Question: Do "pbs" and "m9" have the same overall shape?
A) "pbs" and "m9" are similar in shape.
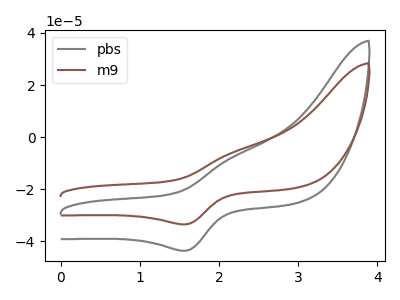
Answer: <think>The gray curve "pbs" has an anodic peak at (2.15V, -7.85uA) and a cathodic peak at (1.60V, -43.65uA). The brown curve "m9" has an anodic peak at (2.15V, -6.00uA) and a cathodic peak at (1.60V, -33.55uA).
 All the peaks in "pbs" have a peak in "m9" at the same potential.</think>
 <answer>A) "pbs" and "m9" are similar in shape.</answer>
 <eval>A</eval>